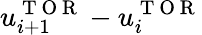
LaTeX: u_{i+1}^{\mathrm{~T~O~R~}}-u_{i}^{\mathrm{~T~O~R~}}